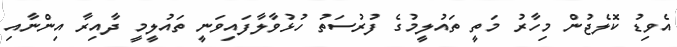
އެވިޑު ކޮލެޖުން މިހާރު މަތީ ތައުލީމުގެ ފުރުސަތު ހުޅުވާލާފައިވަނީ ތައުލީމީ ދާއިރާ އިންނާއި